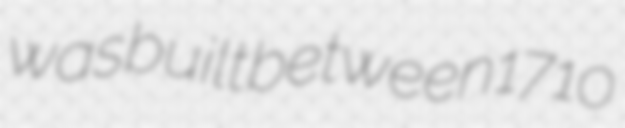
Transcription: was built between 1710